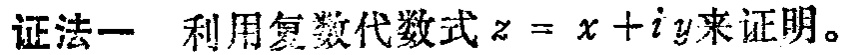
证法一 利用复数代数式\(z = x + iy\)来证明。